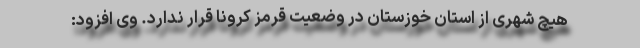
هیچ شهری از استان خوزستان در وضعیت قرمز کرونا قرار ندارد. وی افزود: